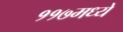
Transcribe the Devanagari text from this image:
११७मध्ये